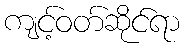
ကျင့်ဝတ်ဆိုင်ရာ